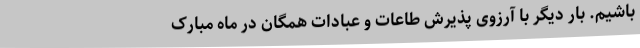
باشیم. بار دیگر با آرزوی پذیرش طاعات و عبادات همگان در ماه مبارک